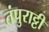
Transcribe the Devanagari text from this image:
तंपुराट्टी